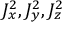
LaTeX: J _ { x } ^ { 2 } , J _ { y } ^ { 2 } , J _ { z } ^ { 2 }